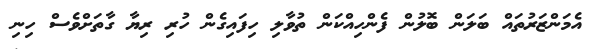
އެމަންޒަރުތައް ބަލަން ބޮލުން ފެންހިއްކަން ތުވާލި ހިފައިގެން ހުރި ރިޔާ ގާތަށްވެސް ހިނި